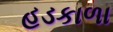
હડકાળા